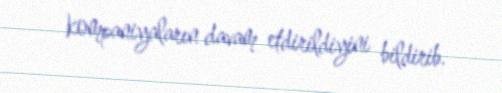
kompaniyaların davam etdirildiyini bildirib.